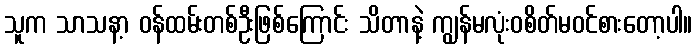
သူက သာသနာ့ ဝန်ထမ်းတစ်ဦးဖြစ်ကြောင်း သိတာနဲ့ ကျွန်မလုံးဝစိတ်မဝင်စားတော့ပါ။